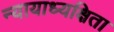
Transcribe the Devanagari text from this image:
न्यायाध्यक्षिता